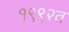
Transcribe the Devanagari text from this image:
१९९२त